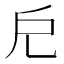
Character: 𢨤